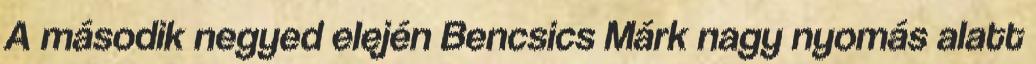
A második negyed elején Bencsics Márk nagy nyomás alatt